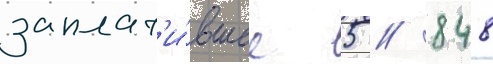
заплат'и́вшее 5 / 848